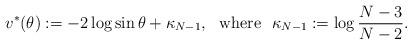
LaTeX: \begin{align*}v^*(\theta):=-2\log\sin\theta+\kappa_{N-1},\ \ \textrm{where}\ \ \kappa_{N-1}:=\log\frac{N-3}{N-2}.\end{align*}